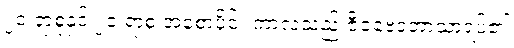
၂၀ ရာစုနှင့် ၂၁ ရာစု အစောပိုင်း ကာလသည် ဇီဝဗေဒဘာသာရပ်၏